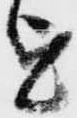
を